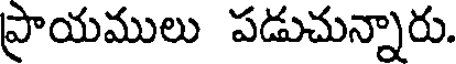
ప్రాయములు పడుచున్నారు.